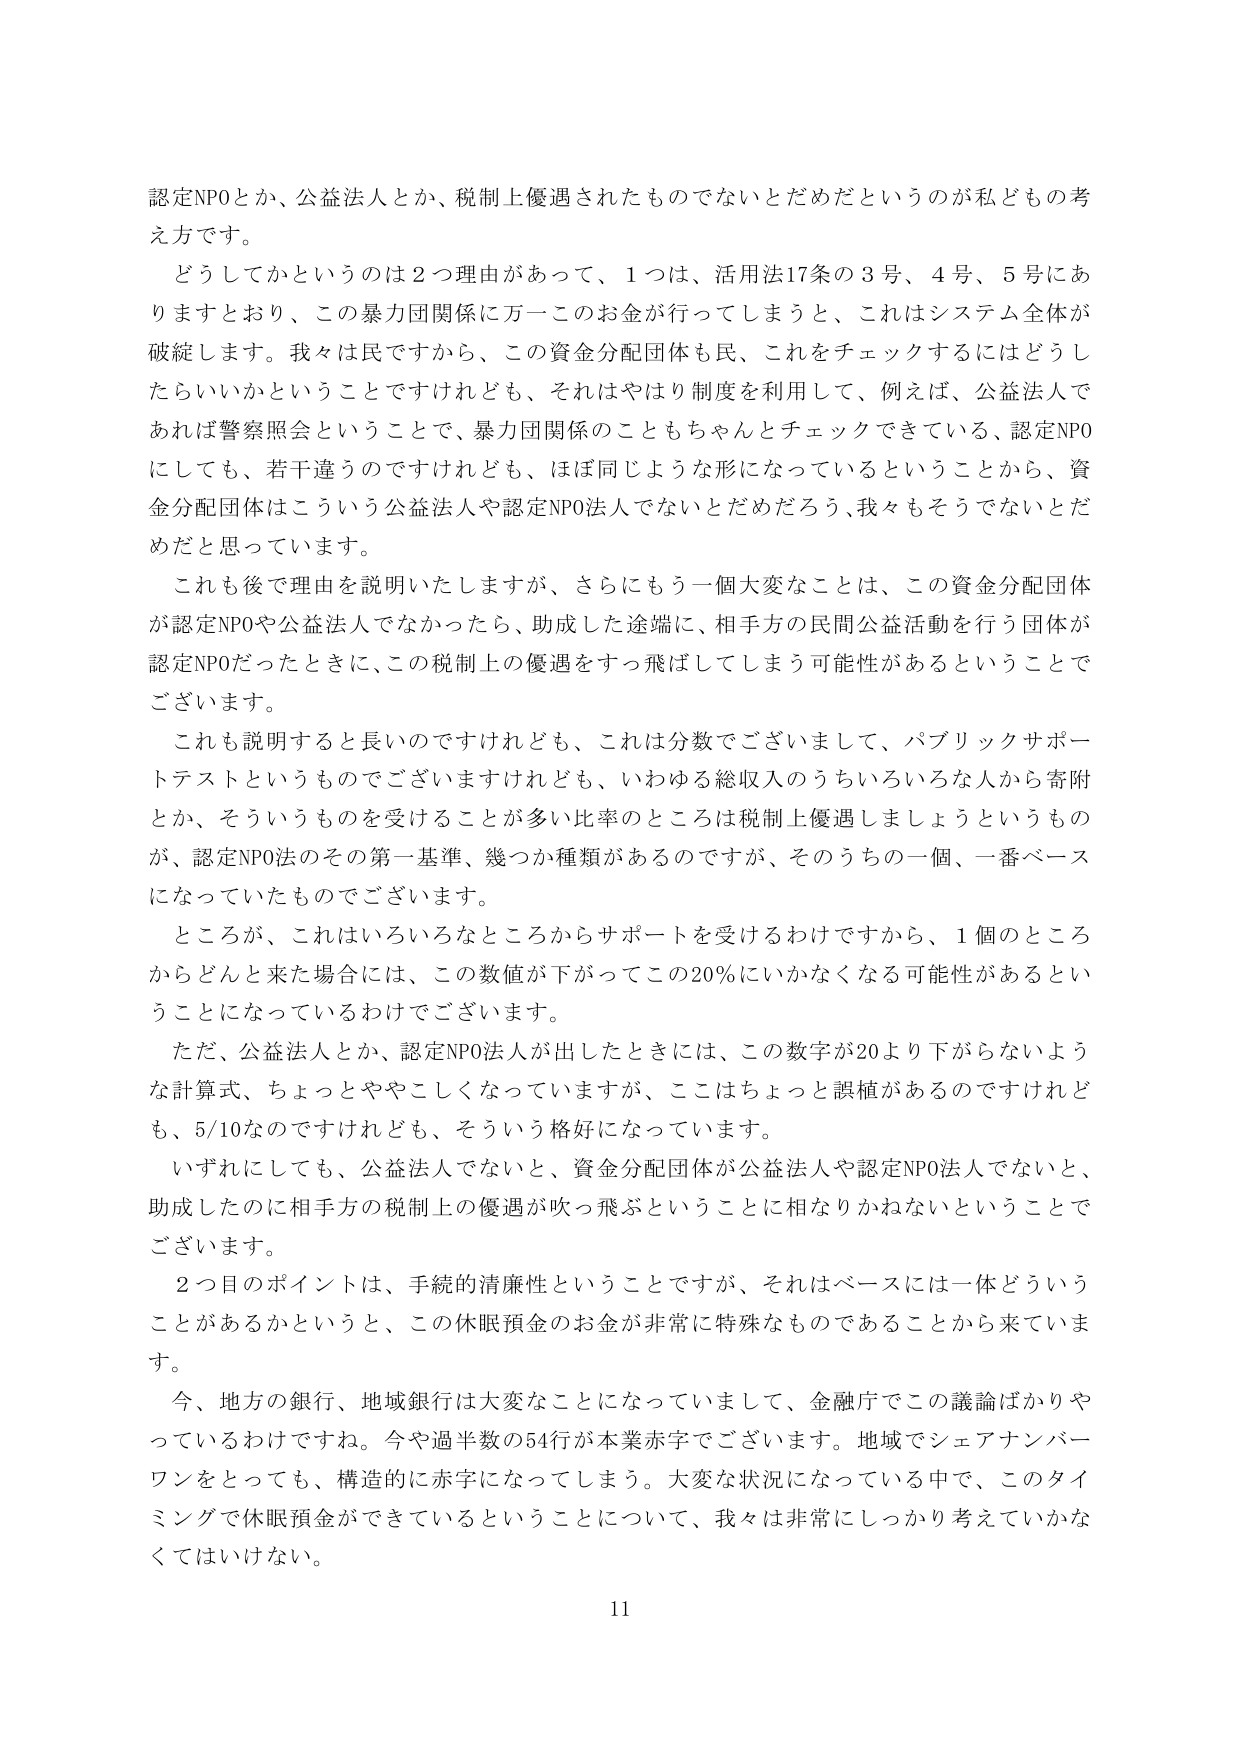
認定NPOとか、公益法人とか、税制上優遇されたものでないとだめだというのが私どもの考え方です。

どうしてかというのは２つ理由があって、１つは、活用法17条の３号、４号、５号にありますとおり、この暴力団関係に万一このお金が行ってしまうと、これはシステム全体が破綻します。我々は民ですから、この資金分配団体も民、これをチェックするにはどうしたらいいかということですけれども、それはやはり制度を利用して、例えば、公益法人であれば警察照会ということで、暴力団関係のこともちゃんとチェックできている、認定NPOにしても、若干違うのですけれども、ほぼ同じような形になっているということから、資金分配団体はこういう公益法人や認定NPO法人でないとだめだろう、我々もそうでないとだめだと思っています。

これも後で理由を説明いたしますが、さらにもう一個大変なことは、この資金分配団体が認定NPOや公益法人でなかったら、助成した途端に、相手方の民間公益活動を行う団体が認定NPOだったときに、この税制上の優遇をすっ飛ばしてしまう可能性があるということでございます。

これも説明すると長いのですけれども、これは分数でございまして、パブリックサポートテストというものでございますけれども、いわゆる総収入のうちいろいろな人から寄附とか、そういうものを受けることが多い比率のところは税制上優遇しましょうというものが、認定NPO法のその第一基準、幾つか種類があるのですが、そのうちの一個、一番ベースになっていたものでございます。

ところが、これはいろいろなところからサポートを受けるわけですから、１個のところからどんと来た場合には、この数値が下がってこの20％にいかなくなる可能性があるということになっているわけでございます。

ただ、公益法人とか、認定NPO法人が出したときには、この数字が20より下がらないような計算式、ちょっとややこしくなっていますが、ここはちょっと誤植があるのですけれども、5/10なのですけれども、そういう格好になっています。

いずれにしても、公益法人でないと、資金分配団体が公益法人や認定NPO法人でないと、助成したのに相手方の税制上の優遇が吹っ飛ぶということに相なりかねないということでございます。

２つ目のポイントは、手続的清廉性ということですが、それはベースには一体どういうことがあるかというと、この休眠預金のお金が非常に特殊なものであることから来ています。

今、地方の銀行、地域銀行は大変なことになっていまして、金融庁でこの議論はかりやっているわけですネ。今や過半数の54行が本業赤字でございます。地域でシェアナンバーワンをとっても、構造的に赤字になってしまう。大変な状況になっている中で、このタイミングで休眠預金ができているということについて、我々は非常にしっかり考えていかなくてはいけない。

11